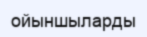
ойыншыларды